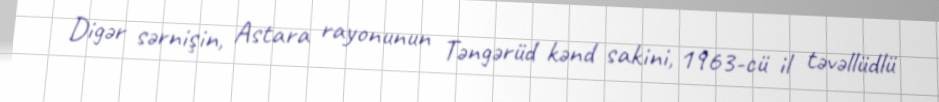
Digər sərnişin, Astara rayonunun Təngərüd kənd sakini, 1963-cü il təvəllüdlü